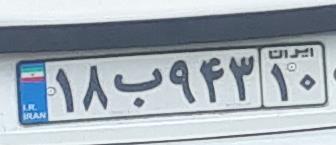
۱۸ب۹۴۳۱۰